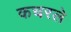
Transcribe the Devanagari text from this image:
कचरले